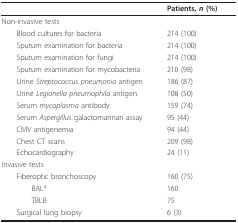
<table><thead><tr><td></td><td><b>Patients, <i>n </i>(%)</b></td></tr></thead><tbody><tr><td>Non-invasive tests</td><td></td></tr><tr><td> Blood cultures for bacteria</td><td>214 (100)</td></tr><tr><td> Sputum examination for bacteria</td><td>214 (100)</td></tr><tr><td> Sputum examination for fungi</td><td>214 (100)</td></tr><tr><td> Sputum examination for mycobacteria</td><td>210 (98)</td></tr><tr><td> Urine <i>Streptococcus pneumonia </i>antigen</td><td>186 (87)</td></tr><tr><td> Urine <i>Legionella pneumophila </i>antigen</td><td>108 (50)</td></tr><tr><td> Serum <i>mycoplasma </i>antibody</td><td>159 (74)</td></tr><tr><td> Serum <i>Aspergillus </i>galactomannan assay</td><td>95 (44)</td></tr><tr><td> CMV antigenemia</td><td>94 (44)</td></tr><tr><td> Chest CT scans</td><td>209 (98)</td></tr><tr><td> Echocardiography</td><td>24 (11)</td></tr><tr><td>Invasive tests</td><td></td></tr><tr><td> Fiberoptic bronchoscopy</td><td>160 (75)</td></tr><tr><td>BAL<sup>a</sup></td><td>160</td></tr><tr><td>TBLB</td><td>75</td></tr><tr><td> Surgical lung biopsy</td><td>6 (3)</td></tr></tbody></table>